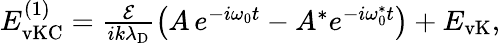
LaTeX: \begin{array}{r}{E_{\mathrm{vKC}}^{(1)}=\frac{\mathcal{E}}{ik\lambda_{\mathrm{D}}}\left(A\, e^{-i\omega_{0}t}-A^{*}e^{-i\omega_{0}^{*}t}\right)+E_{\mathrm{vK}},}\end{array}